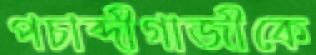
পচাব্দীগাজীকে